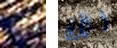
انا الآن